Scottish Leaving Certificate Examination, 1958
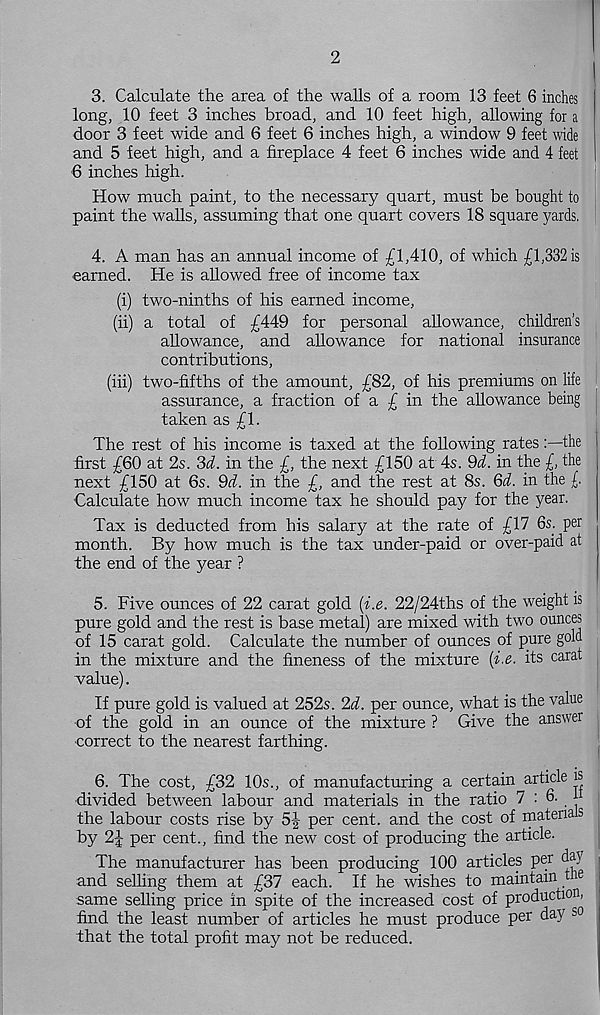
2
3. Calculate the area of the walls of a room 13 feet 6 inches
long, 10 feet 3 inches broad, and 10 feet high, allowing for a
door 3 feet wide and 6 feet 6 inches high, a window 9 feet wide
and 5 feet high, and a fireplace 4 feet 6 inches wide and 4 feet
6 inches high.
How much paint, to the necessary quart, must be bought to
paint the walls, assuming that one quart covers 18 square yards.
4. A man has an annual income of £1,410, of which £1,332 is
earned. He is allowed free of income tax
(i) two-ninths of his earned income,
(ii) a total of £449 for personal allowance, children’s
allowance, and allowance for national insurance
contributions,
(iii) two-fifths of the amount, £82, of his premiums on life
assurance, a fraction of a £ in the allowance being
taken as £1.
The rest of his income is taxed at the following rates:—the
first £60 at 2s. 3d. in the £, the next £150 at 4s. 9A in the £, the
next £150 at 6s. Qd. in the £, and the rest at 8s. Qd. in the £
Calculate how much income tax he should pay for the year.
Tax is deducted from his salary at the rate of £17 6s ; per
month. By how much is the tax under-paid or over-paid at
the end of the year ?
5. Five ounces of 22 carat gold ii.e. 22/24ths of the weight is
pure gold and the rest is base metal) are mixed with two ounces
of 15 carat gold. Calculate the number of ounces of pure gold
in the mixture and the fineness of the mixture (i.e. its carat
value).
If pure gold is valued at 252s. 2d. per ounce, what is the value
■ of the gold in an ounce of the mixture ? Give the answer
correct to the nearest farthing.
6. The cost, £32 10s., of manufacturing a certain article is
divided between labour and materials in the ratio 7 :
|
the labour costs rise by 5-J- per cent, and the cost of materials
by 2£ per cent., find the new cost of producing the article.
The manufacturer has been producing 100 articles per day
and selling them at £37 each. If he wishes to maintain tne
same selling price in spite of the increased cost of production,
find the least number of articles he must produce per day so
that the total profit may not be reduced.